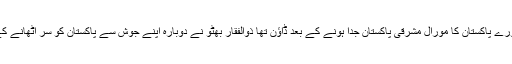
جس وقت پورے پاکستان کا مورال مشرقی پاکستان جدا ہونے کے بعد ڈاؤن تھا ذوالفقار بھٹو نے دوبارہ اپنے جوش سے پاکستان کو سر اٹھانے کے قابل بنایا۔